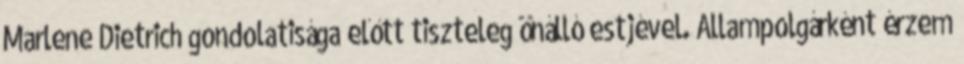
Marlene Dietrich gondolatisága előtt tiszteleg önálló estjével. Állampolgárként érzem